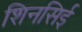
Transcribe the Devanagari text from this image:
शिनसिई